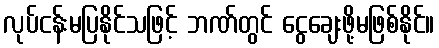
လုပ်ငန်းမပြနိုင်သဖြင့် ဘဏ်တွင် ငွေချေးဖို့မဖြစ်နိုင်။